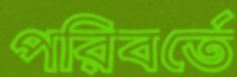
পরিবর্তে